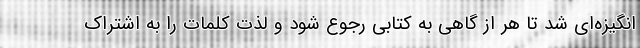
انگیزه‌ای شد تا هر از گاهی به کتابی رجوع شود و لذت کلمات را به اشتراک